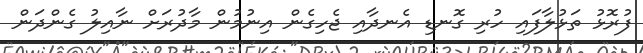
ފުރޮޅު ތަޅުލާފައި ހުރި ގޮނޑި އެނދާއި ޖެހިގެން އިނުމުން މާދުރަށް ނާއިލު ގެންދަން